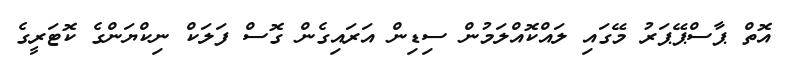
އޮތް ޕާސްޕޭޕަރު މޭގައި ލައްކޮއްލަމުން ސިޑިން އަރައިގެން ގޮސް ފަލަކް ނިކްޔަންގެ ކޮޓަރީގެ